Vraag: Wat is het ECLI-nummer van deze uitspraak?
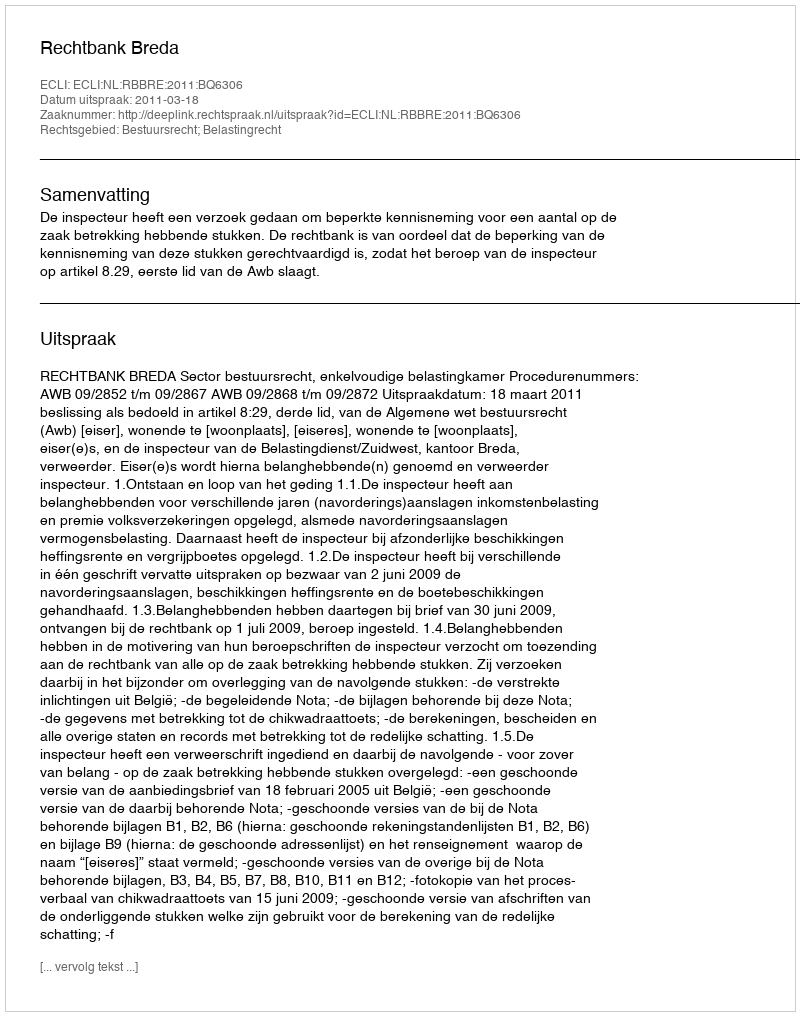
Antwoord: ECLI:NL:RBBRE:2011:BQ6306